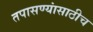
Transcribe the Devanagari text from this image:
तपासण्यांसाठीच